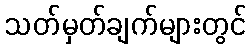
သတ်မှတ်ချက်များတွင်